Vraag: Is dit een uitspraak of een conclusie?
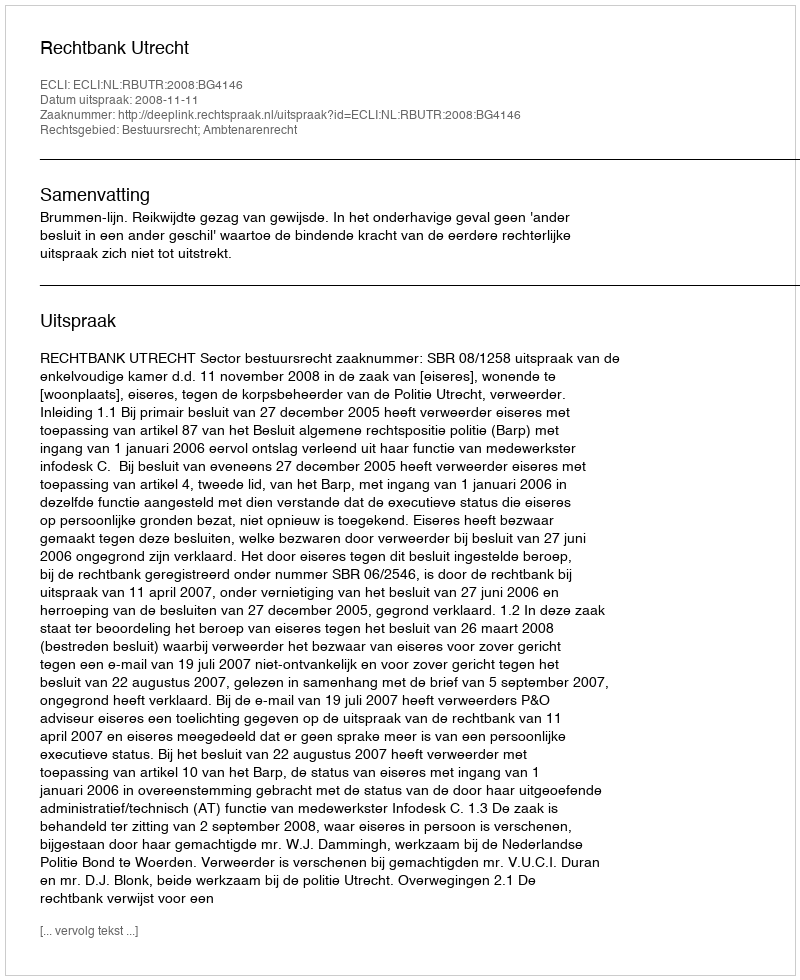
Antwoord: Uitspraak